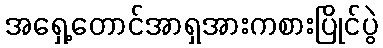
အရှေ့တောင်အာရှအားကစားပြိုင်ပွဲ